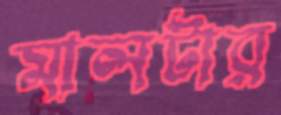
মালটার